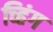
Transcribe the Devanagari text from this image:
च्हिंग